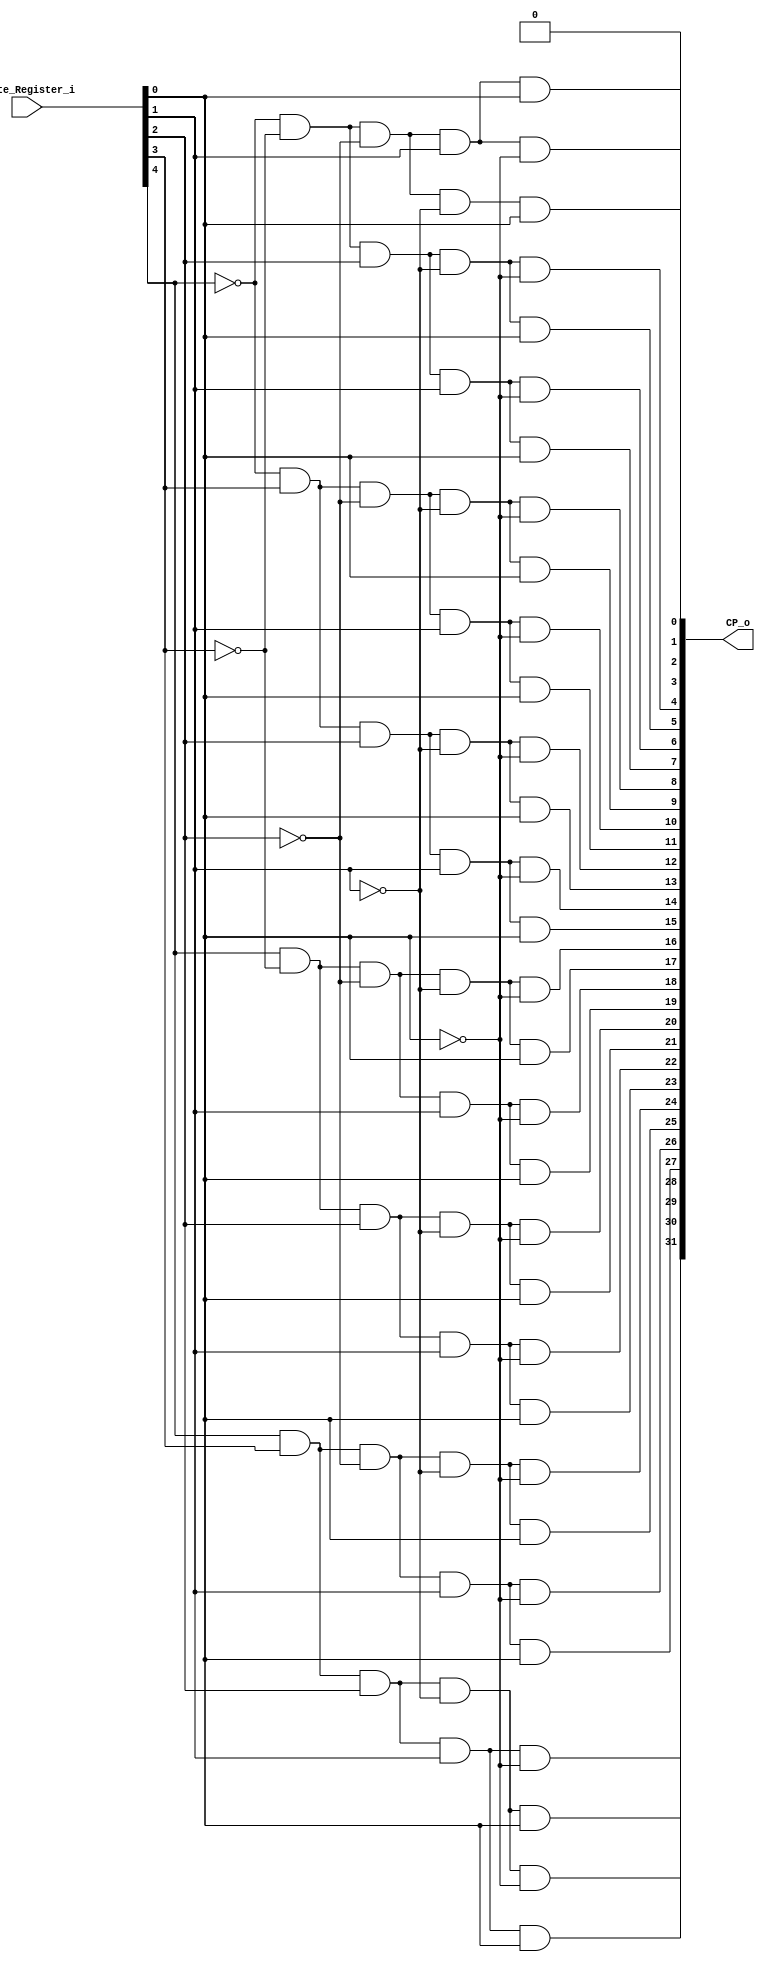
module CP
(
	input [4:0] Write_Register_i,
	output [31:0] CP_o
);
wire A, B, C, D, E;
//Assigning the letters to each bit of Write_Register
assign A = Write_Register_i[4];
assign B = Write_Register_i[3];
assign C = Write_Register_i[2];
assign D = Write_Register_i[1];
assign E = Write_Register_i[0];
// Codifier to implement the 5 bit input to 32 outputs
assign CP_o[0] = 1'b0; //REG0
assign CP_o[1] = ~A & ~B & ~C & ~D & E;
assign CP_o[2] = ~A & ~B & ~C & D & ~E;
assign CP_o[3] = ~A & ~B & ~C & D & E;
assign CP_o[4] = ~A & ~B & C & ~D & ~E;
assign CP_o[5] = ~A & ~B & C & ~D & E; // REG6
assign CP_o[6] = ~A & ~B & C & D & ~E;
assign CP_o[7] = ~A & ~B & C & D & E;
assign CP_o[8] = ~A & B & ~C & ~D & ~E;
assign CP_o[9] = ~A & B & ~C & ~D & E;
assign CP_o[10] = ~A & B & ~C & D & ~E;
assign CP_o[11] = ~A & B & ~C & D & E;//REG12
assign CP_o[12] = ~A & B & C & ~D & ~E;
assign CP_o[13] = ~A & B & C & ~D & E;
assign CP_o[14] = ~A & B & C & D & ~E;
assign CP_o[15] = ~A & B & C & D & E;
assign CP_o[16] = A & ~B & ~C & ~D & ~E;
assign CP_o[17] = A & ~B & ~C & ~D & E;//REG18
assign CP_o[18] = A & ~B & ~C & D & ~E;
assign CP_o[19] = A & ~B & ~C & D & E;
assign CP_o[20] = A & ~B & C & ~D & ~E;
assign CP_o[21] = A & ~B & C & ~D & E;
assign CP_o[22] = A & ~B & C & D & ~E;
assign CP_o[23] = A & ~B & C & D & E;
assign CP_o[24] = A & B & ~C & ~D & ~E;
assign CP_o[25] = A & B & ~C & ~D & E;
assign CP_o[26] = A & B & ~C & D & ~E;
assign CP_o[27] = A & B & ~C & D & E;
assign CP_o[28] = A & B & C & ~D & ~E;
assign CP_o[29] = A & B & C & ~D & E;
assign CP_o[30] = A & B & C & D & ~E;
assign CP_o[31] = A & B & C & D & E; //REG32
endmodule